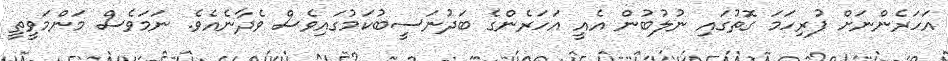
އަހަރެންނަށް ފުރިހަމަ ގޮތުގައި ނުލުބުން އެއީ އަހަރެންގެ ބަދުނަސީބުކަމުގައިވެސް ވެދާނެއެވެ. ނަމަވެސް މަންމަވީތީ